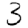
Digit: 3